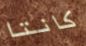
كانتا